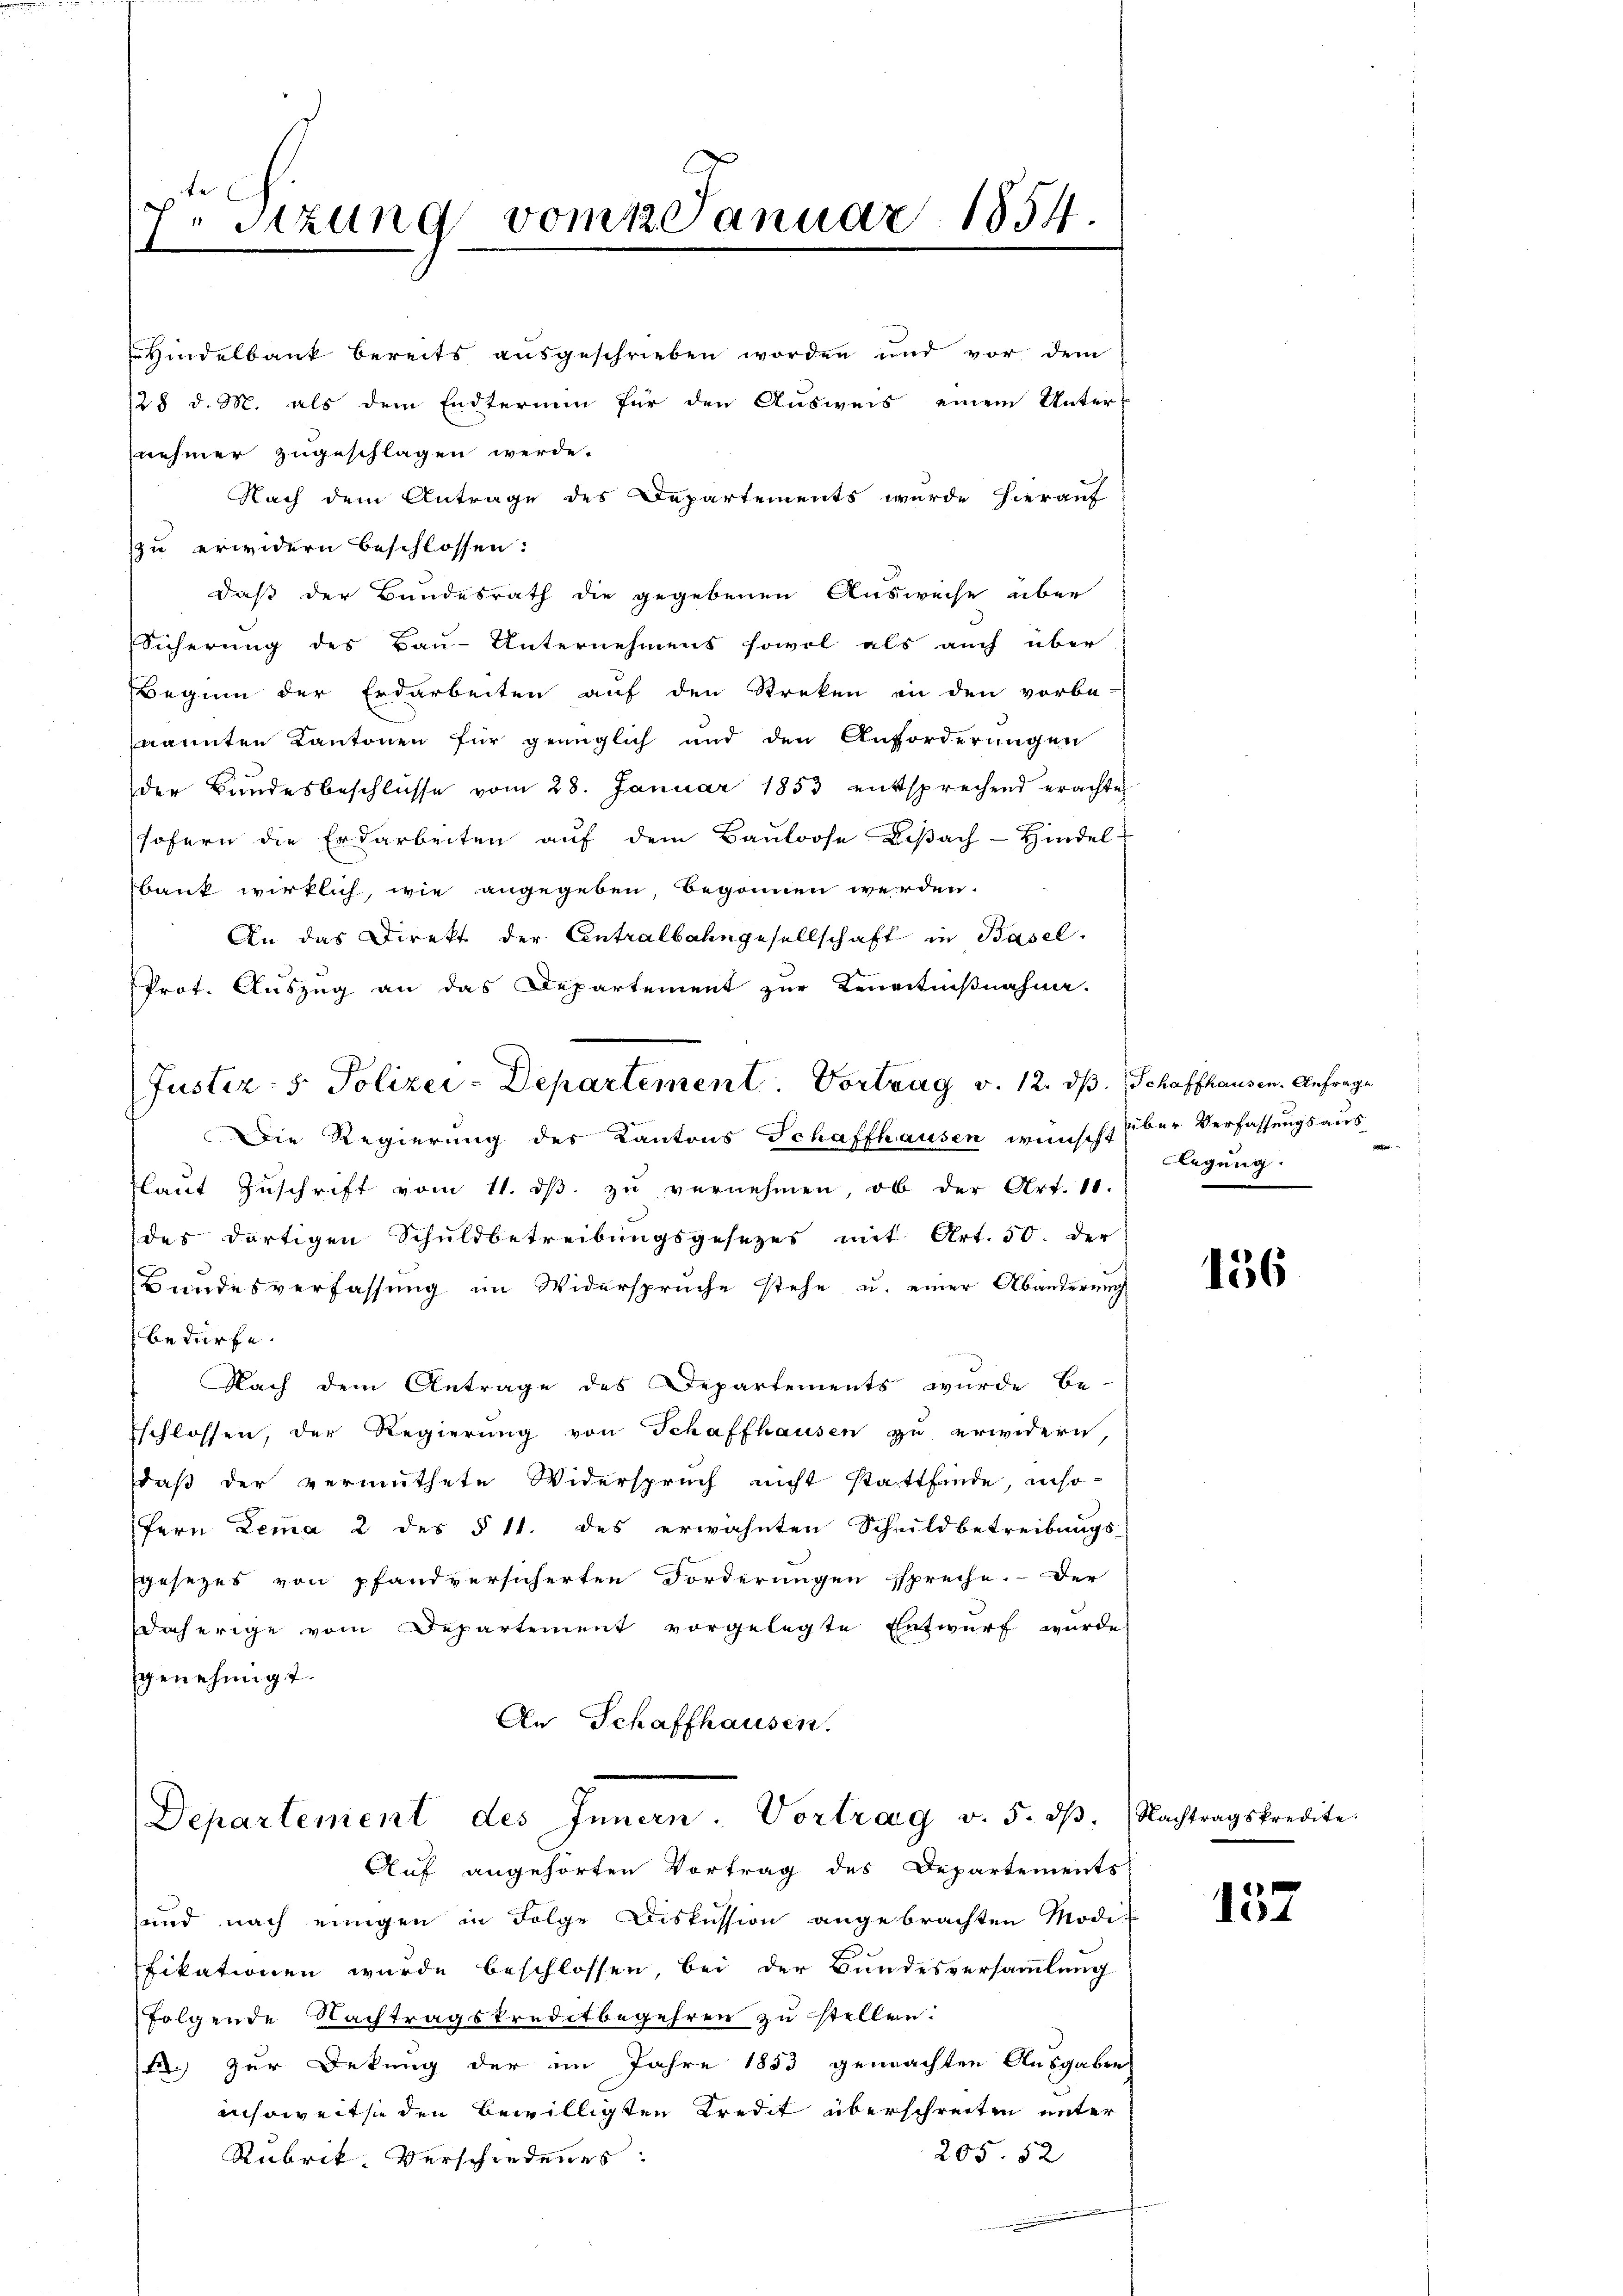
te
.
.Stzung vom 1 Januar 1854.
t

Hindelbank bereits aŭsgeschrieben worden und vor dem
128 d. M. als dem Endterium für den Ausweis einem Unter-
nehmer zugeschlagen werde.
Nach dem Antrage des Departements wurde hierauf
zu erwidern beschlossen:
daß der Bundesrath die gegebenen Ausweise über
Sicherung des Bau-Unternehmens sowol als auch über
Beginn der Erdarbeiten auf den Streken in den vorbe-
nannten Kantonen für genüglich und den Anforderungen
der Bundesbeschlüsse vom 28. Januar 1853 entsprechend erachte
sofern die Erdarbeiten aŭf dem Baŭloose Boβach-Hindel
bank wirklich, wie angegeben, begonnen werden.
An das Direkt der Contralbahngesellschaft in Basel.
Prot. Auszug an das Departement zur Kenntnißnahme.
Justiz- & Polizei-Departement. Vortrag v. 12. ds. Schaffhausen. Anfrage
Die Regierung des Kantons Schaffhausen wünscht über Verfassungsaus
Plant Zŭschrift vom 11. dβ zŭ vernehmen, ob der Art. 11.
des dortigen Schuldbetreibungsgesezes mit Art. 50. der
Bundesverfassung im Widerspruche stehe, u. einer Abänderung
bedürfe.
Nach dem Antrage des Departements wurde be-
schlossen, der Regierung von Schaffhausen zu erwidern,
daß der vermuthete Widerspruch nicht stattfinde, inso-
fern Lemma 2 des § 11. des erwähnten Schildbetreibungs-
gesezes von pfandversicherten Forderungen spreche. Der
daherige vom Departement vorgelegte Entwurf wurde
genehmigt.
An Schaffhausen.

Departement des Innern. Vortrag v. 5. dβ. Nachtragskredite.
Auf angehörten Vortrag des Departements

legung.

und nach einigen in Folge Diskussion angebrachten Modi-
fikationen wurde beschlossen, bei der Bundesversammlung
folgende Nachtragskreditbegehren zu stellen.
F. zur Dekung der im Jahre 1853 gemachten Ausgaben
insoweite den bewilligten Kredit überschreiten unter
205. 52
Rubrik. Verschiedenes.
.

156

104